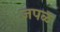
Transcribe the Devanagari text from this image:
जपळ